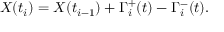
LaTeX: X ( t _ { i } ) = X ( t _ { i - 1 } ) + \Gamma _ { i } ^ { + } ( t ) - \Gamma _ { i } ^ { - } ( t ) .